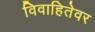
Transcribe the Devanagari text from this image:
विवाहितेवर